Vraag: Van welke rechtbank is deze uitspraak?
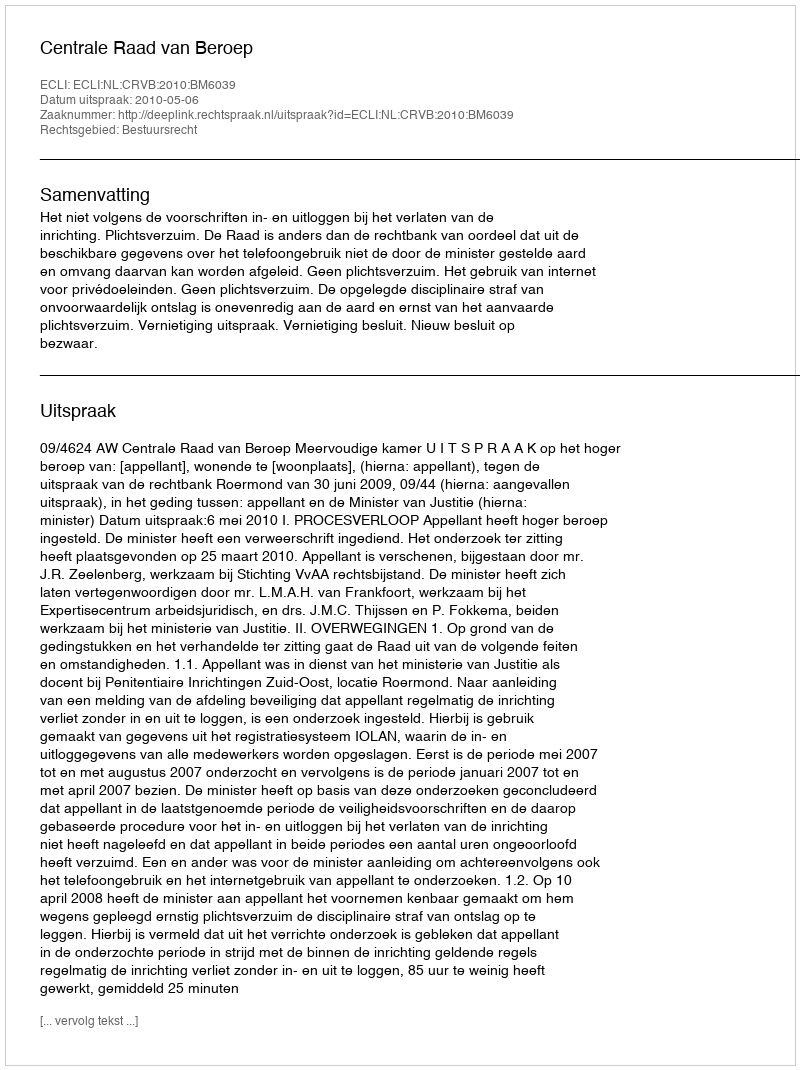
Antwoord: Centrale Raad van Beroep